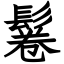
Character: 鬈